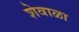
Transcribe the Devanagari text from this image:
शेवाळा